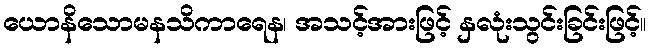
ယောနိသောမနသိကာရေန၊ အသင့်အားဖြင့် နှလုံးသွင်းခြင်းဖြင့်။